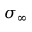
\sigma _ { \infty }